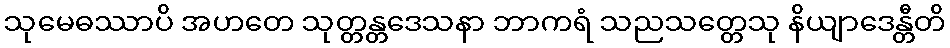
သုမေဓဿာပိ အဟတေ သုတ္တန္တဒေသနာ ဘာကရံ သညသတ္တေသု နိယျာဒေန္တီတိ